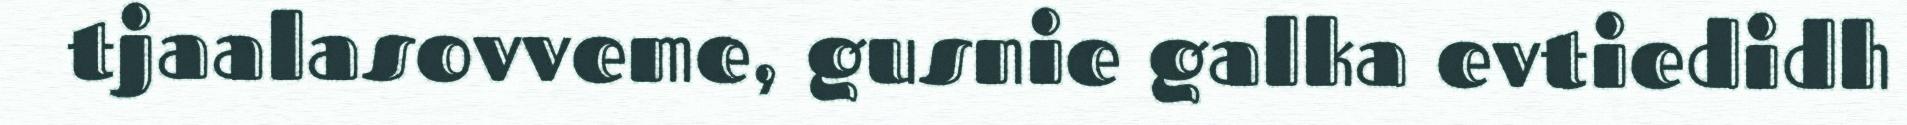
tjaalasovveme, gusnie galka evtiedidh